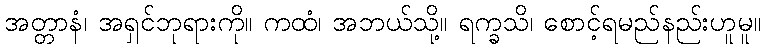
အတ္တာနံ၊ အရှင်ဘုရားကို။ ကထံ၊ အဘယ်သို့။ ရက္ခသိ၊ စောင့်ရမည်နည်းဟူမူ။